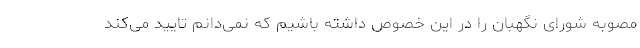
مصوبه شورای نگهبان را در این خصوص داشته باشیم که نمی‌دانم تایید می‌کند